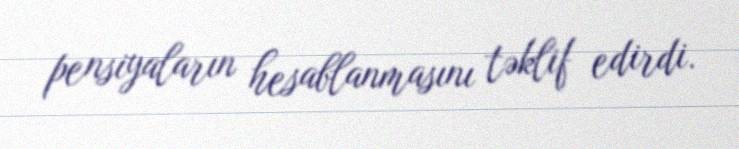
pensiyaların hesablanmasını təklif edirdi.